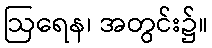
ဩရေန၊ အတွင်း၌။